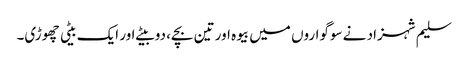
سلیم شہزاد نے سوگواروں میں بیوہ اور تین بچے، دو بیٹے اور ایک بیٹی چھوڑی۔